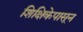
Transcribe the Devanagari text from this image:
शिक्षिकेपासून